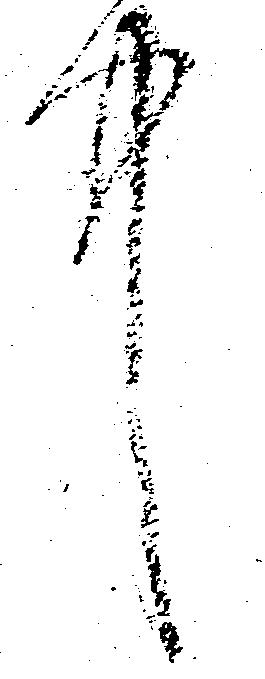
中